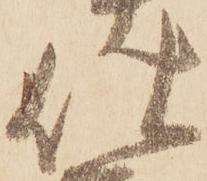
仕